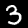
Digit: 3